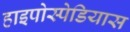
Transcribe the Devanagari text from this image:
हाइपोस्पेडियास